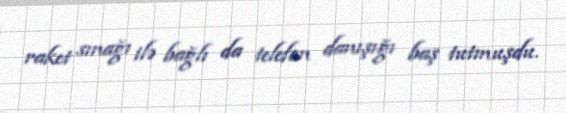
raket sınağı ilə bağlı da telefon danışığı baş tutmuşdu.